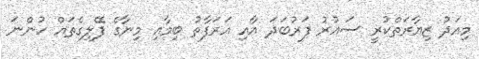
މިއަދު ޒިޔާރަތްކުރީ ސައުރު ފަރުބަދަ އާއި އަރަފާތު ބިމާއި މިނާގެ ފޭލިގެތައް ހުންނަ